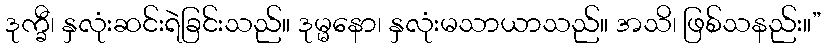
ဒုက္ခီ၊ နှလုံးဆင်းရဲခြင်းသည်။ ဒုမ္မနော၊ နှလုံးမသာယာသည်။ အသိ၊ ဖြစ်သနည်း။”